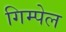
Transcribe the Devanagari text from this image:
गिम्पेल